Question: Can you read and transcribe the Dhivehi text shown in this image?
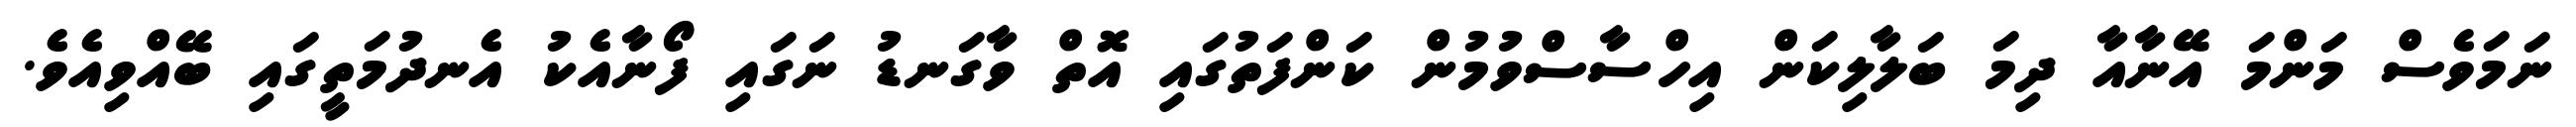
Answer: ނަމަވެސް މަންމަ އޭނާއާ ދިމަ ބަލާލިކަން އިހްސާސްވުމުން ކަންފަތުގައި އޮތް ވާގަނޑު ނަގައި ފޯނާއެކު އެނދުމަތީގައި ބޭއްވިއެވެ.